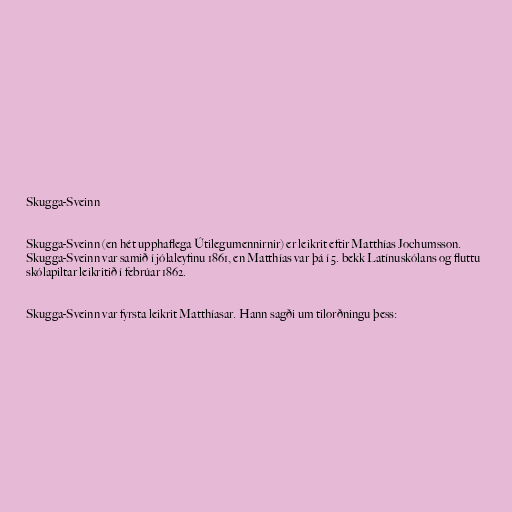
Skugga-Sveinn

Skugga-Sveinn (en hét upphaflega Útilegumennirnir) er leikrit eftir Matthías Jochumsson.
Skugga-Sveinn var samið í jólaleyfinu 1861, en Matthías var þá í 5. bekk Latínuskólans og fluttu
skólapiltar leikritið í febrúar 1862.

Skugga-Sveinn var fyrsta leikrit Matthíasar. Hann sagði um tilorðningu þess: